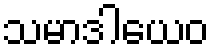
သမာဒါယေဝ